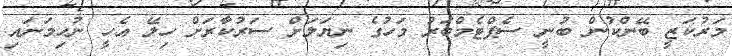
މަރުކަޒީ ބޭންކުން ބުނީ ސެޕްޓެމްބަރު މަހުގެ ނިޔަލަށް ސަރުކާރަށް ހިލޭ އެހީ ނުހިމަނައި